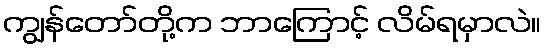
ကျွန်တော်တို့က ဘာကြောင့် လိမ်ရမှာလဲ။